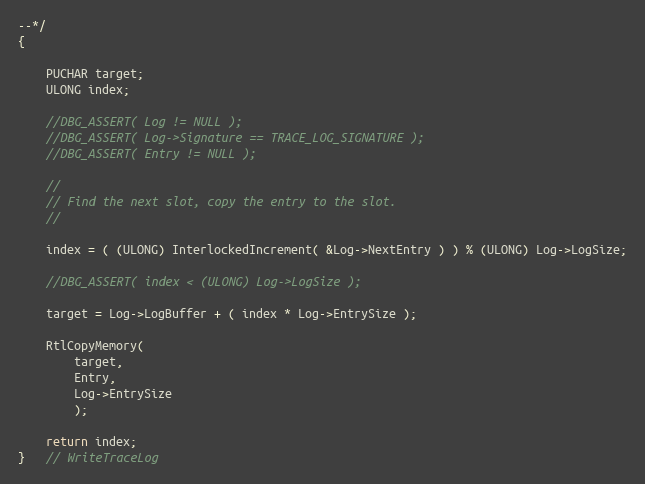
Language: C
--*/
{

    PUCHAR target;
    ULONG index;

    //DBG_ASSERT( Log != NULL );
    //DBG_ASSERT( Log->Signature == TRACE_LOG_SIGNATURE );
    //DBG_ASSERT( Entry != NULL );

    //
    // Find the next slot, copy the entry to the slot.
    //

    index = ( (ULONG) InterlockedIncrement( &Log->NextEntry ) ) % (ULONG) Log->LogSize;

    //DBG_ASSERT( index < (ULONG) Log->LogSize );

    target = Log->LogBuffer + ( index * Log->EntrySize );

    RtlCopyMemory(
        target,
        Entry,
        Log->EntrySize
        );

    return index;
}   // WriteTraceLog